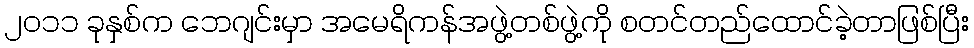
၂၀၁၁ ခုနှစ်က ဘေဂျင်းမှာ အမေရိကန်အဖွဲ့တစ်ဖွဲ့ကို စတင်တည်ထောင်ခဲ့တာဖြစ်ပြီး